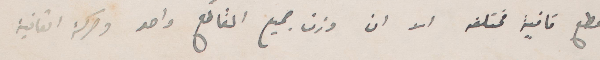
مقطع قافية الا ان وزن جميع المقاطع واحد ورحكة القافية